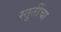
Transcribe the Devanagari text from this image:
स्तुतींचा